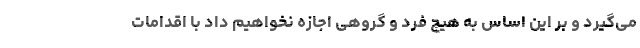
می‌گیرد و بر این اساس به هیچ فرد و گروهی اجازه نخواهیم داد با اقدامات